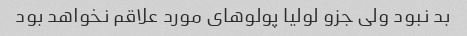
بد نبود ولی جزو لولیا پولوهای مورد علاقم نخواهد بود